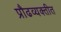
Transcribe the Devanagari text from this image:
प्रौढव्यक्तीत